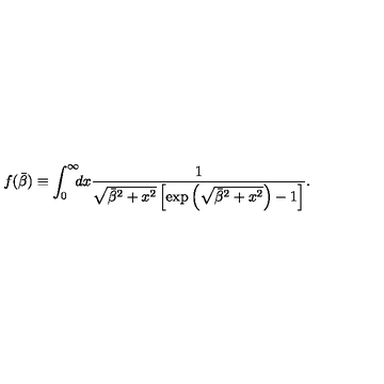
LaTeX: f ( \bar { \beta } ) \equiv \int _ { 0 } ^ { \infty } \! \! \! d x \frac { 1 } { \sqrt { \bar { \beta } ^ { 2 } + x ^ { 2 } } \left[ \exp \left( \sqrt { \bar { \beta } ^ { 2 } + x ^ { 2 } } \right) - 1 \right] } .